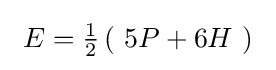
\ E={\tfrac {1}{2}}\left(\ 5P+6H\ \right)\